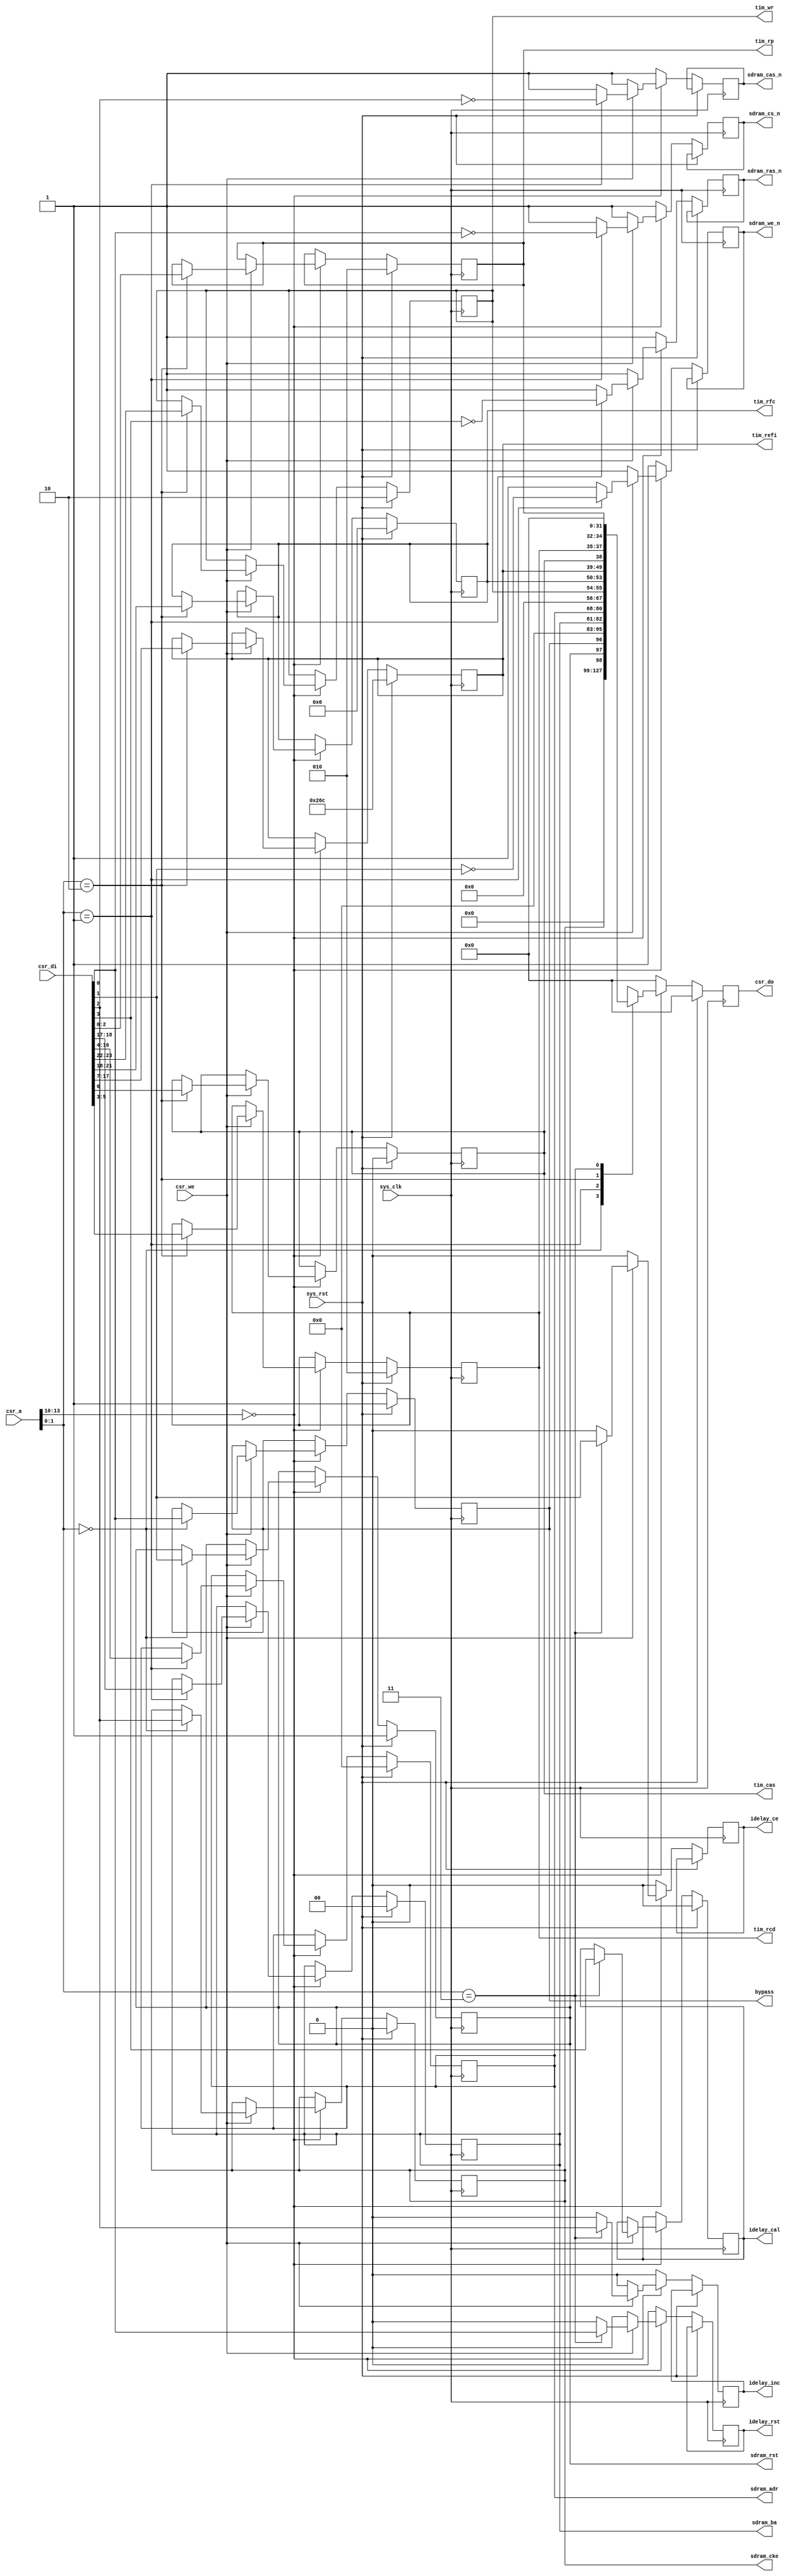
module hpdmc_ctlif #(
	parameter csr_addr = 4'h0
) (
	input sys_clk,
	input sys_rst,
	
	input [13:0] csr_a,
	input csr_we,
	input [31:0] csr_di,
	output reg [31:0] csr_do,
	
	output reg bypass,
	output reg sdram_rst,
	
	output reg sdram_cke,
	output reg sdram_cs_n,
	output reg sdram_we_n,
	output reg sdram_cas_n,
	output reg sdram_ras_n,
	output reg [12:0] sdram_adr,
	output reg [1:0] sdram_ba,
	
	/* Clocks we must wait following a PRECHARGE command (usually tRP). */
	output reg [2:0] tim_rp,
	/* Clocks we must wait following an ACTIVATE command (usually tRCD). */
	output reg [2:0] tim_rcd,
	/* CAS latency, 0 = 2 */
	output reg tim_cas,
	/* Auto-refresh period (usually tREFI). */
	output reg [10:0] tim_refi,
	/* Clocks we must wait following an AUTO REFRESH command (usually tRFC). */
	output reg [3:0] tim_rfc,
	/* Clocks we must wait following the last word written to the SDRAM (usually tWR). */
	output reg [1:0] tim_wr,
	
	output reg idelay_rst,
	output reg idelay_ce,
	output reg idelay_inc,
	output reg idelay_cal
);

wire csr_selected = csr_a[13:10] == csr_addr;

always @(posedge sys_clk) begin
	if(sys_rst) begin
		csr_do <= 32'd0;
	
		bypass <= 1'b1;
		sdram_rst <= 1'b1;
		
		sdram_cke <= 1'b0;
		sdram_adr <= 13'd0;
		sdram_ba <= 2'd0;
		
		tim_rp <= 3'd2;
		tim_rcd <= 3'd2;
		tim_cas <= 1'b0;
		tim_refi <= 11'd620;
		tim_rfc <= 4'd6;
		tim_wr <= 2'd2;
	   idelay_cal <= 0;
	   
	end else begin
		sdram_cs_n <= 1'b1;
		sdram_we_n <= 1'b1;
		sdram_cas_n <= 1'b1;
		sdram_ras_n <= 1'b1;
		
		idelay_rst <= 1'b0;
		idelay_ce <= 1'b0;
		idelay_inc <= 1'b0;
		
		csr_do <= 32'd0;
		if(csr_selected) begin
			if(csr_we) begin
				case(csr_a[1:0])
					2'b00: begin
						bypass <= csr_di[0];
						sdram_rst <= csr_di[1];
						sdram_cke <= csr_di[2];
					end
					2'b01: begin
						sdram_cs_n <= ~csr_di[0];
						sdram_we_n <= ~csr_di[1];
						sdram_cas_n <= ~csr_di[2];
						sdram_ras_n <= ~csr_di[3];
						sdram_adr <= csr_di[16:4];
						sdram_ba <= csr_di[18:17];
					end
					2'b10: begin
						tim_rp <= csr_di[2:0];
						tim_rcd <= csr_di[5:3];
						tim_cas <= csr_di[6];
						tim_refi <= csr_di[17:7];
						tim_rfc <= csr_di[21:18];
						tim_wr <= csr_di[23:22];
					end
					2'b11: begin
						idelay_rst <= csr_di[0];
						idelay_ce <= csr_di[1];
						idelay_inc <= csr_di[2];
						idelay_cal <= csr_di[3];
					end
				endcase
			end
			case(csr_a[1:0])
				2'b00: csr_do <= {sdram_cke, sdram_rst, bypass};
				2'b01: csr_do <= {sdram_ba, sdram_adr, 4'h0};
				2'b10: csr_do <= {tim_wr, tim_rfc, tim_refi, tim_cas, tim_rcd, tim_rp};
				2'b11: csr_do <= 4'd0;
			endcase
		end
	end
end

endmodule